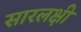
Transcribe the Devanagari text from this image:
सारलक्षी